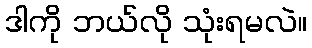
ဒါကို ဘယ်လို သုံးရမလဲ။